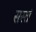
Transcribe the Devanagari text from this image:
सस्तं